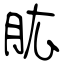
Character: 肱